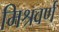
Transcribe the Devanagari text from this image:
मिश्रवर्ण